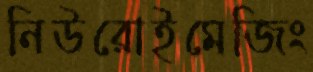
নিউরোইমেজিং